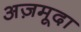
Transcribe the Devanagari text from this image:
अज़मूदा